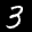
Label: 3